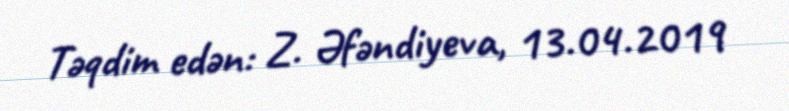
Təqdim edən: Z. Əfəndiyeva, 13.04.2019